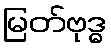
မြတ်ဗုဒ္ဓ